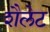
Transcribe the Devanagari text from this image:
शैलेट